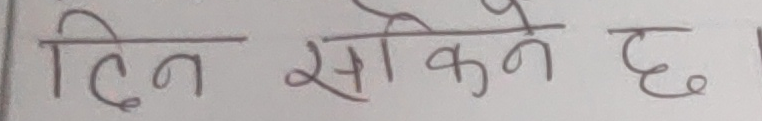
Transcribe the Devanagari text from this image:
दिन सकिने छ